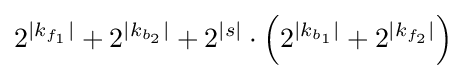
2^{|k_{f_{1}}|}+2^{|k_{b_{2}}|}+2^{|s|}\cdot \left(2^{|k_{b_{1}}|}+2^{|k_{f_{2}}|}\right)